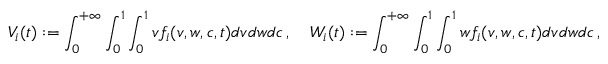
V _ { i } ( t ) : = \int _ { 0 } ^ { + \infty } \int _ { 0 } ^ { 1 } \int _ { 0 } ^ { 1 } v f _ { i } ( v , w , c , t ) d v d w d c \, , \quad W _ { i } ( t ) : = \int _ { 0 } ^ { + \infty } \int _ { 0 } ^ { 1 } \int _ { 0 } ^ { 1 } w f _ { i } ( v , w , c , t ) d v d w d c \, ,